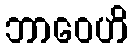
ဘာဝေဟိ